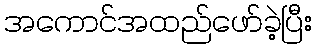
အကောင်အထည်ဖော်ခဲ့ပြီး